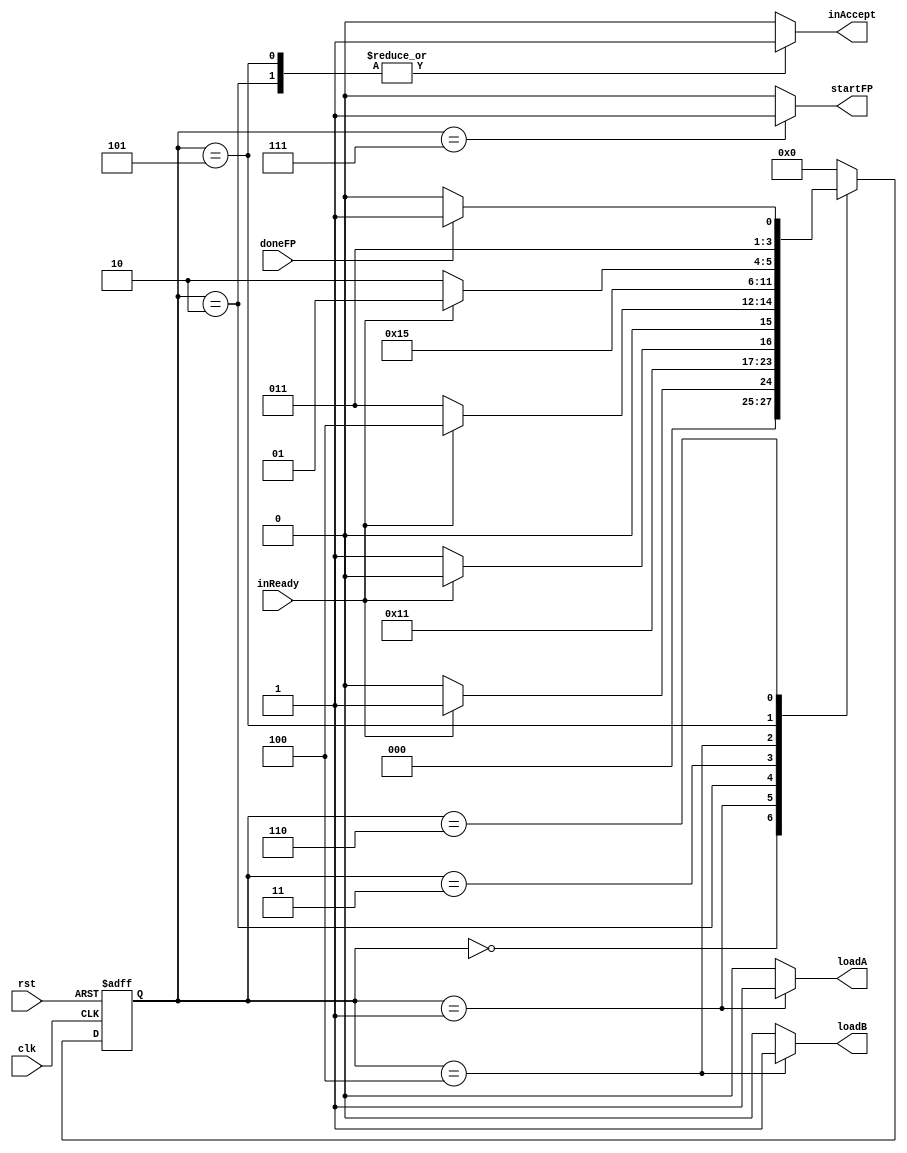
module in_wrapper_CU_v (input clk, rst, inReady, doneFP, output reg inAccept, startFP, loadA, loadB);
	reg [3:0] pstate_w, nstate_w;
	parameter [3:0]
	Idle_w=0, loadingA=1, acceptA=2, waitB=3, loadingB=4, acceptB=5, wait_done=6, start_the_fp=7;
	always @(pstate_w, inReady, doneFP)begin
	nstate_w=0;
	{inAccept,startFP, loadA, loadB}=4'b0;
	   case(pstate_w)
	      Idle_w: begin nstate_w= inReady ? loadingA : Idle_w; end
	      loadingA: begin nstate_w= acceptA; loadA=1'b1; end
	      acceptA: begin nstate_w= inReady ? acceptA : waitB; inAccept=1'b1; end
	      waitB: begin nstate_w= inReady ? loadingB : waitB; end
	      loadingB: begin nstate_w= acceptB; loadB=1'b1; end
	      acceptB: begin nstate_w= inReady ? acceptB : wait_done; inAccept=1'b1; end
	      wait_done: begin nstate_w= doneFP ? start_the_fp : wait_done; end
	      start_the_fp: begin nstate_w= Idle_w; startFP=1; end
	      default: nstate_w = Idle_w;
           endcase
	end
	always @(posedge clk, posedge rst)begin
	  if (rst)
	      pstate_w <= Idle_w;
	  else
	      pstate_w <= nstate_w;
	end
endmodule
module register32_v (input [31:0]pi, input clk, rst, enable, output reg [31:0]po);
	always @ (posedge clk, posedge rst)begin
	  if(rst)
	     po <= 32'd0;
	  else
	     po <= enable ? pi : po;
	end
endmodule
module in_wrapper_DP_v (input clk, rst, loadA, loadB, input[31:0]inBus, output [31:0]Abus,Bbus);
	register32_v regAv(inBus, clk, rst, loadA, Abus);
	register32_v regBv(inBus, clk, rst, loadB, Bbus);
endmodule
module quartus_inputwrapper (input clk, rst, doneFP, inReady,  input[31:0]inBus, 
			output  [31:0]Abus,Bbus, output  inAccept, startFP);
	wire loadA,loadB;
	in_wrapper_CU_v cuwv(clk, rst, inReady, doneFP, inAccept, startFP, loadA, loadB);
	in_wrapper_DP_v dpwv(clk, rst, loadA, loadB, inBus, Abus, Bbus);
endmodule